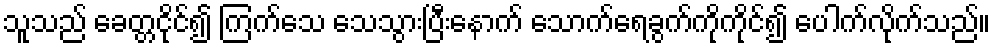
သူသည် ခေတ္တငိုင်၍ ကြက်သေ သေသွားပြီးနောက် သောက်ရေခွက်ကိုကိုင်၍ ပေါက်လိုက်သည်။